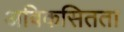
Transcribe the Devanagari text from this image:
अविकसितता